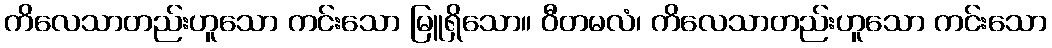
ကိလေသာတည်းဟူသော ကင်းသော မြူရှိသော။ ဝီတမလံ၊ ကိလေသာတည်းဟူသော ကင်းသော